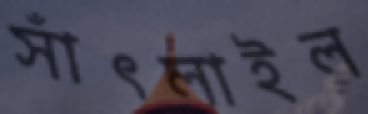
সাঁৎলাইল